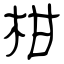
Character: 柑